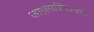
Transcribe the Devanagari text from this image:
जालपत्रिकाजगत